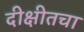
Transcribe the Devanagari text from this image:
दीक्षीतचा